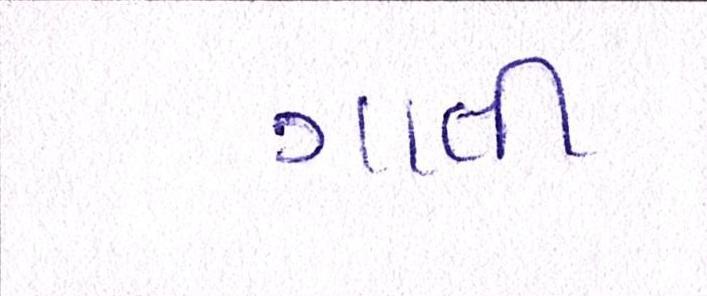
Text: ગાતી